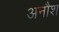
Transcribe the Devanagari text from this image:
अनौश